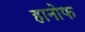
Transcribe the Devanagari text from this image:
हानोफ